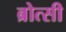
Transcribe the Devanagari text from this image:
ब्रोत्सी